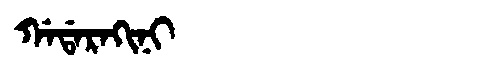
Manchu: ᡤᠠᡩᠠᡵᠠᡴᡳᠨᡳ
Romanization: GADARAKINI